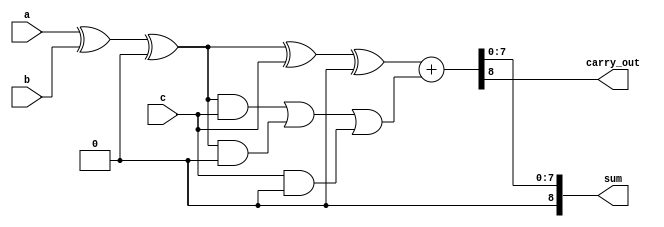
module carry_save_adder (
    input  wire [N-1:0] a,  // Input vector of N bits
    input  wire [N-1:0] b,  // Input vector of N bits
    input  wire [N-1:0] c,  // Input vector of N bits
    output wire [N:0] sum,   // Final sum output
    output wire carry_out     // Final carry output
);
    parameter N = 8; // Number of bits in each input

    // CSA Block
    function automatic [N-1:0] csa_block (
        input [N-1:0] A,
        input [N-1:0] B,
        input [N-1:0] Cin
    );
        begin
            csa_block = A ^ B ^ Cin; // Sum
        end
    endfunction

    function automatic [N-1:0] carry_out_block (
        input [N-1:0] A,
        input [N-1:0] B,
        input [N-1:0] Cin
    );
        begin
            carry_out_block = (A & B) | (A & Cin) | (B & Cin); // Carry
        end
    endfunction

    // Reduction Tree
    wire [N-1:0] sum1, sum2, carry1, carry2;
    wire [N-1:0] sum_final, carry_final;

    // First level of CSA
    assign sum1 = csa_block(a, b, 0);
    assign carry1 = carry_out_block(a, b, 0);

    assign sum2 = csa_block(sum1, c, 0);
    assign carry2 = carry_out_block(sum1, c, 0);

    // Final Carry Propagation using a simple adder
    assign {carry_final, sum_final} = sum2 + carry2;

    // Outputs
    assign sum = sum_final;
    assign carry_out = carry_final;

endmodule